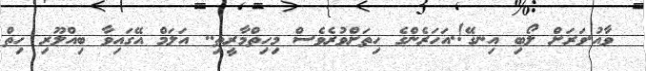
ވާއު.ވަރަށް ލޯބި އިނގޭ!.އަހަރެންގެ ހިތަށްވުރެވެސް މިހިތްމާރީތި.. އަލަމް އޭގައިވާ ބިއްލޫރި ހިތް